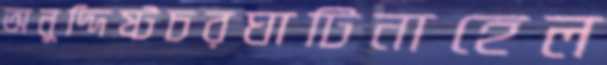
অনুদ্দিষ্টচরঘাটিনাহেল